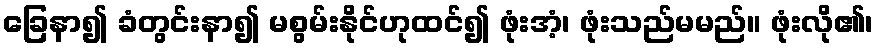
ခြေနာ၍ ခံတွင်းနာ၍ မစွမ်းနိုင်ဟုထင်၍ ဖုံးအံ့၊ ဖုံးသည်မမည်။ ဖုံးလို၏၊